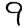
Digit: 9